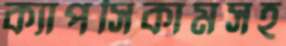
ক্যাপসিকামসহ